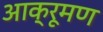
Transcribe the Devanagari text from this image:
आक्रूमण